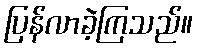
ပြန်လာခဲ့ကြသည်။